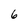
Character: 6